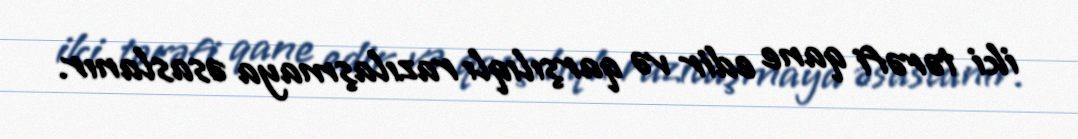
iki tərəfi qane edir və qarşılıqlı razılaşmaya əsaslanır.